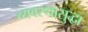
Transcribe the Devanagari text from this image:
व्यवस्थासुद्धा